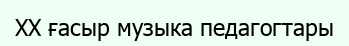
XX ғасыр музыка педагогтары